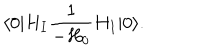
\langle 0 | H _ { I } { \frac { 1 } { - H _ { 0 } } } H _ { I } | 0 \rangle .